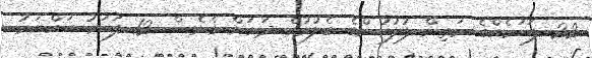
22 ފަހަރެއްގެ މަތިން ފުލުހުންގެ ބެލުމުގެ ދަށަަށް ގެނެސް 12 ފަހަރު ހައްޔަރު